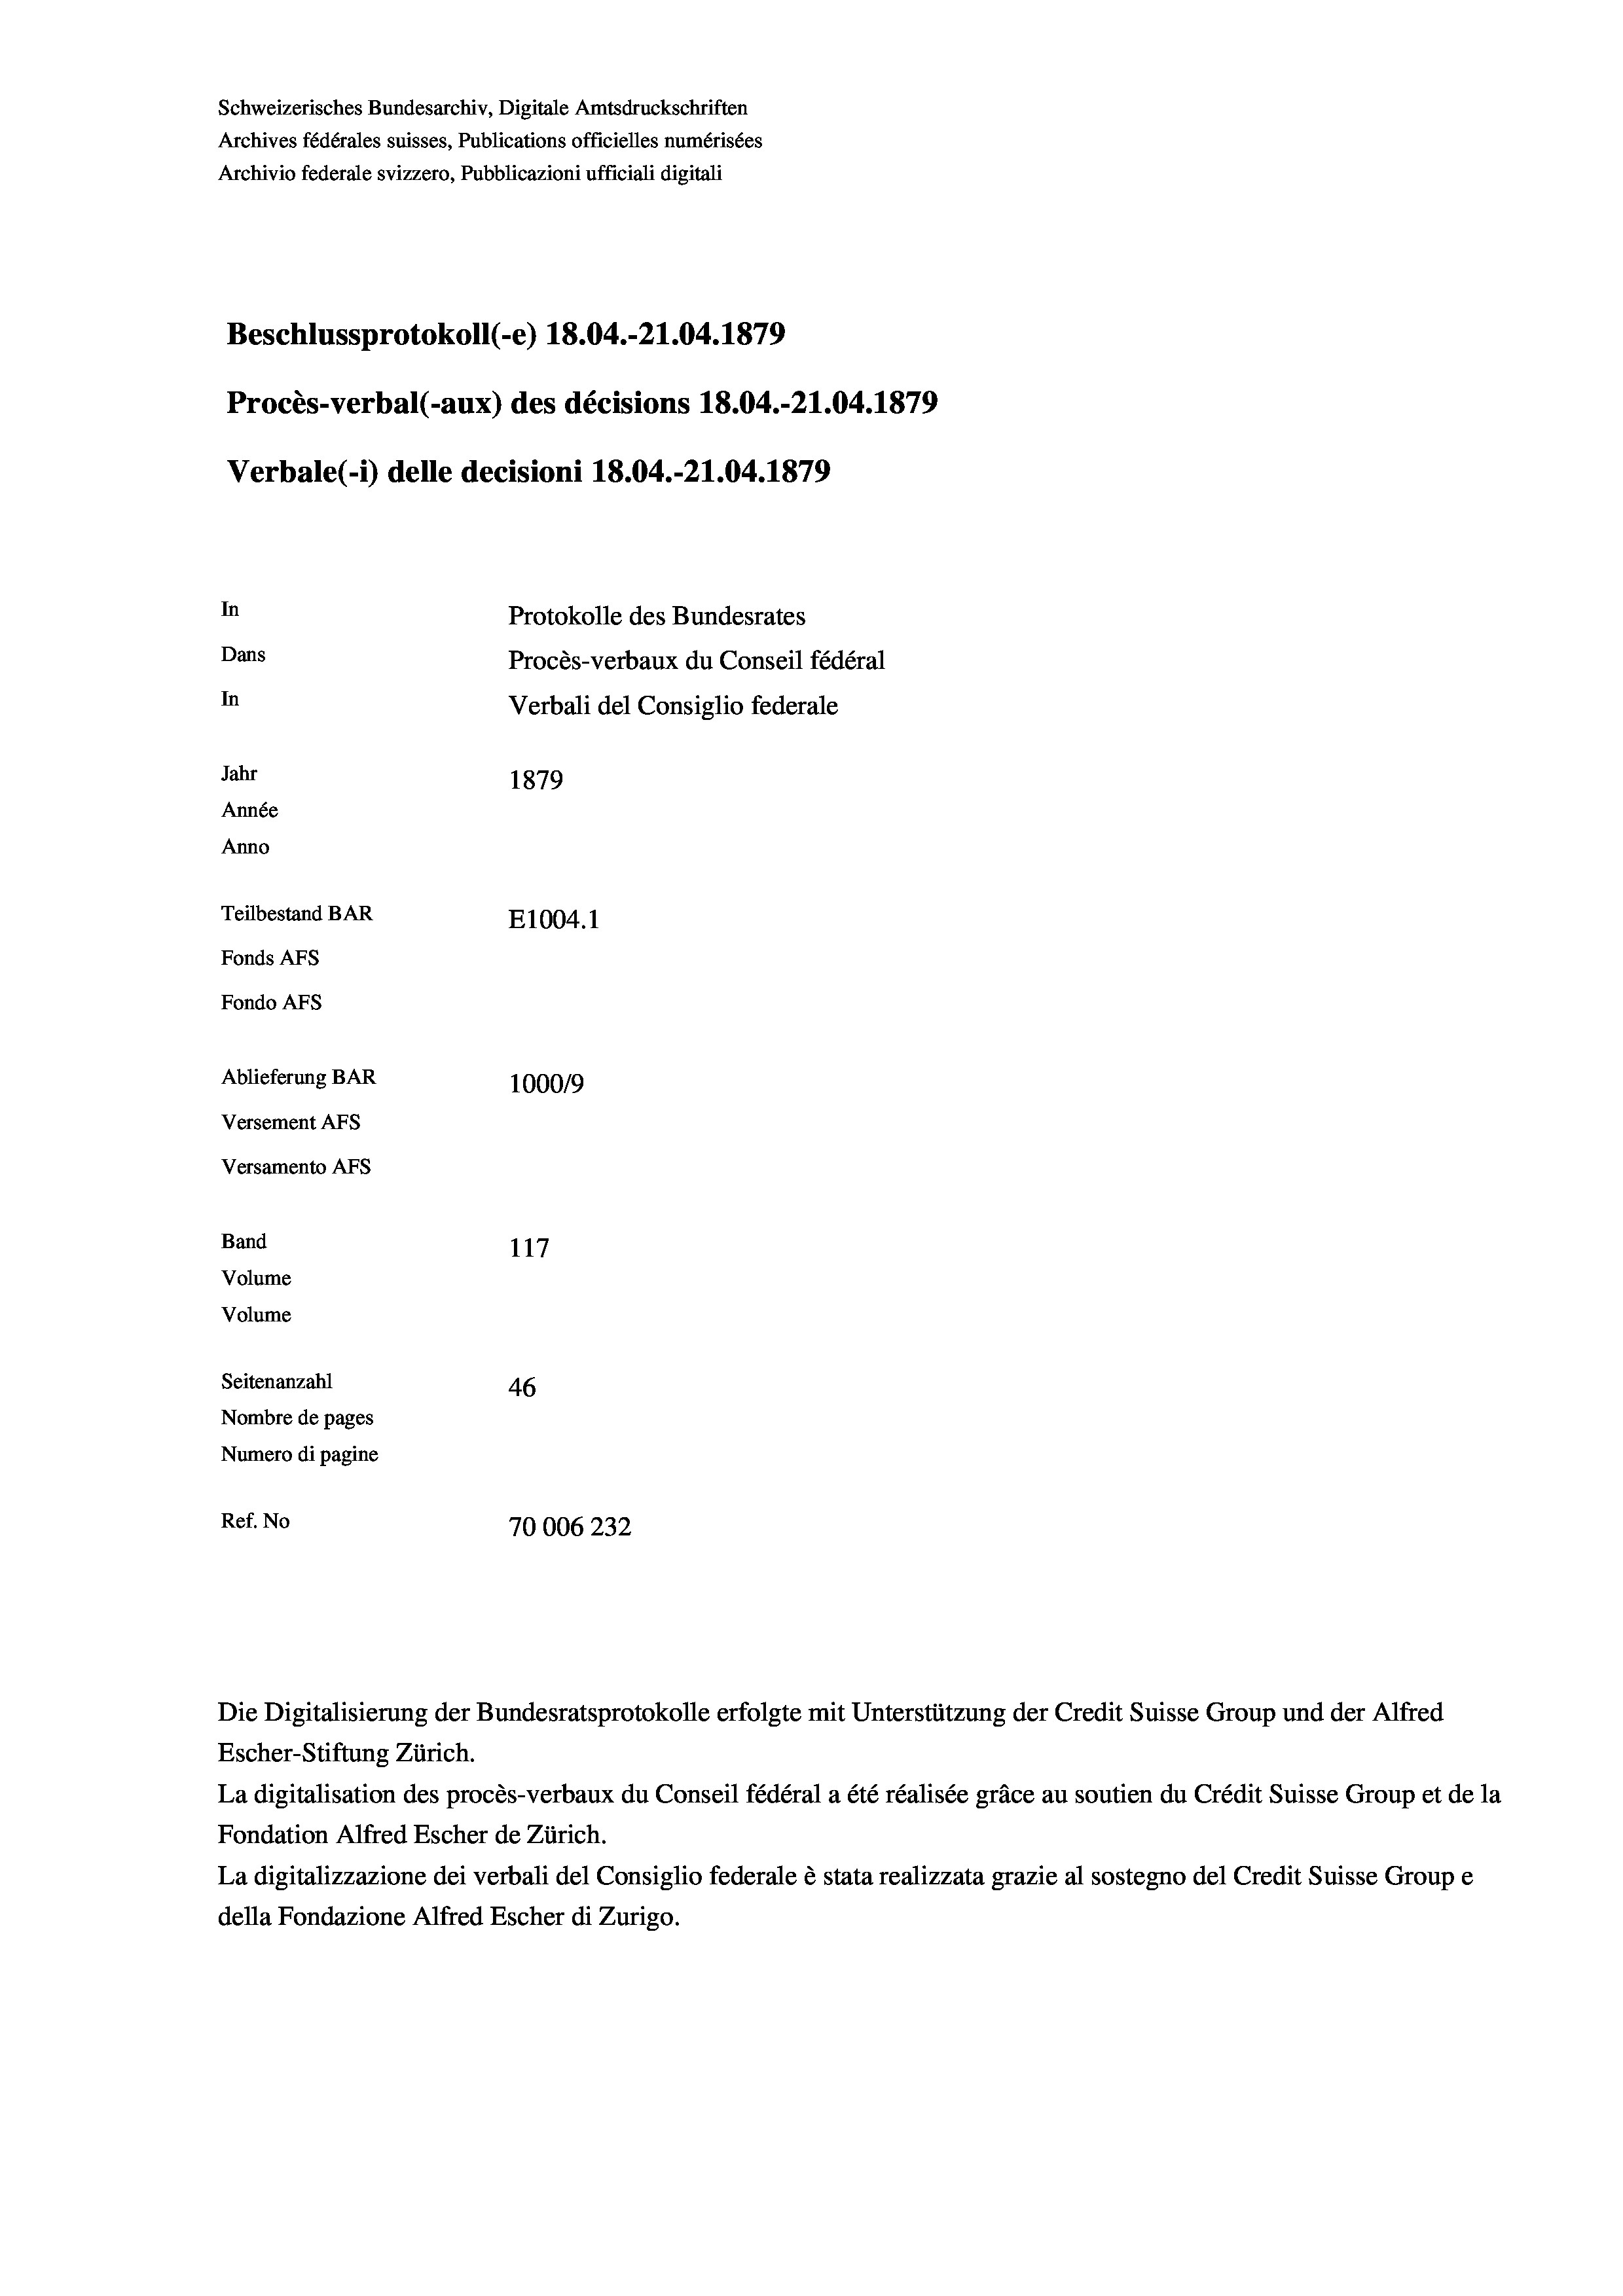
Schweizerisches Bundesarchiv, Digitale Amtsdruckschriften
Archives fédérales suisses, Publications officielles numérisées
Archivio federale svizzero, Pubblicazioni ufficiali digitali
Beschlussprotokoll (-e) 18.04.-21.04. 1879
Procès-verbal (-aux) des décisions 18.04.-21.04. 1879
Verbale (- 1) delle decisioni 18.04.-21.04. 1879
In
Protokolle des Bundesrates
Dans
Procès-verbaux du Conseil fédéral
In
Verbali del Consiglio federale
Jahr
1879
Année
Anno
Teilbestand BAR
E1004.1
Fonds AFs
Fondo Afs
Ablieferung BAR
100019
Versement AFs
Versamento AFS
Band
117
Volume
Volume
Seitenanzahl
46
Nombre de pages
Numero di pagine
Ref. No
70006 232

Escher-Stiftung Zürich.
La digitalisation des procès-verbaux du Conseil fédéral a été réalisée gräce au soutien du Crédit Suisse Group et de la
Fondation Alfred Escher de Zürich.
La digitalizzazione dei verbali del Consiglio federale è stata realizzata grazie al sostegno del Credit Suisse Groupe
della Fondazione Alfred Escher di Zurigo.

Die Digitalisierung der Bundesratsprotokolle erfolgte mit Unterstützung der Credit Suisse Group und der Alfred